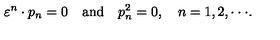
\varepsilon ^ { n } \cdot p _ { n } = 0 \quad \mathrm { a n d } \quad p _ { n } ^ { 2 } = 0 , \quad n = 1 , 2 , \cdot \cdot \cdot .